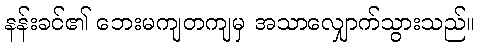
နန်းခင်၏ ဘေးမကျတကျမှ အသာလျှောက်သွားသည်။